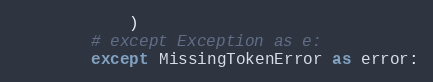
Language: Python
            )
        # except Exception as e:
        except MissingTokenError as error: